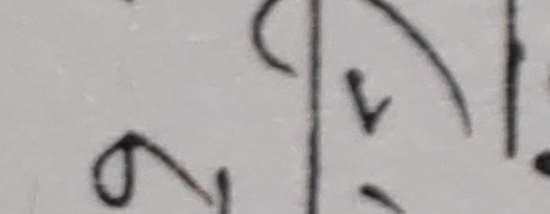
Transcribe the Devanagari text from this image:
७स्य ।